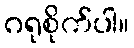
ဂရုစိုက်ပါ။